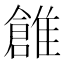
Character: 𩀞